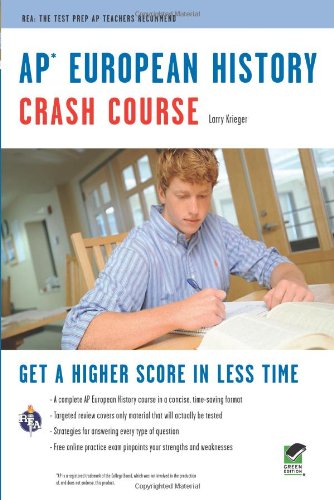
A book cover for APÂ® European History Crash Course Book + Online (Advanced Placement (AP) Crash Course); Larry Krieger; Test Preparation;